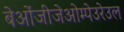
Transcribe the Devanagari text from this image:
बेओंजीजेओम्पेउरेउल